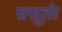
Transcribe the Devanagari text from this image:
प्रसूतो